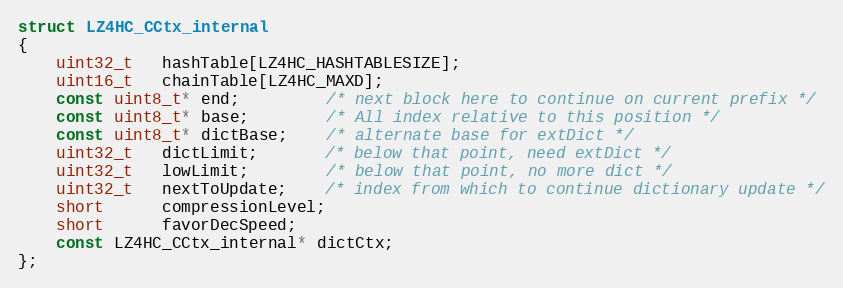
Language: C
struct LZ4HC_CCtx_internal
{
    uint32_t   hashTable[LZ4HC_HASHTABLESIZE];
    uint16_t   chainTable[LZ4HC_MAXD];
    const uint8_t* end;         /* next block here to continue on current prefix */
    const uint8_t* base;        /* All index relative to this position */
    const uint8_t* dictBase;    /* alternate base for extDict */
    uint32_t   dictLimit;       /* below that point, need extDict */
    uint32_t   lowLimit;        /* below that point, no more dict */
    uint32_t   nextToUpdate;    /* index from which to continue dictionary update */
    short      compressionLevel;
    short      favorDecSpeed;
    const LZ4HC_CCtx_internal* dictCtx;
};